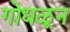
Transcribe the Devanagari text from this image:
गोधळून